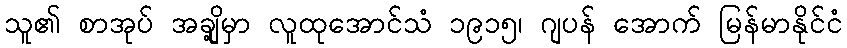
သူ၏ စာအုပ် အချို့မှာ လူထုအောင်သံ ၁၉၁၅၊ ဂျပန် အောက် မြန်မာနိုင်ငံ